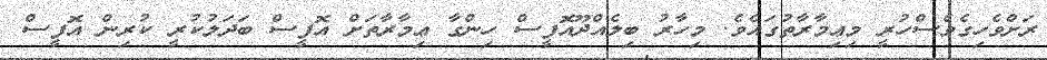
ރަށްވެހިގެވެސްހުރީ މިޢިމާރާތުގައެވެ. މިހާރު ބިލެއްދޫއޮފީސް ހިންގާ ޢިމާރާތަށް އޮފީސް ބަދަލުކުރީ ކުރިން އޮފީސް